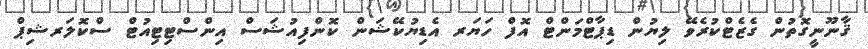
ޤާނޫނީގޮތުން ގެޒެޓްކުރެވޭ ލިޔުން ޑިޕާޓްމަންޓް އޮފް ހަޔަރ އެޑިޔުކޭޝަން ކޮންފިއުޝަސް އިންސްޓިޓިއުޓް ސްކޮލަރޝިޕް